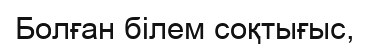
Болған білем соқтығыс,